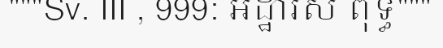
"""Sv. III , 999: អដ្ឋារស ពុទ្ធ"""